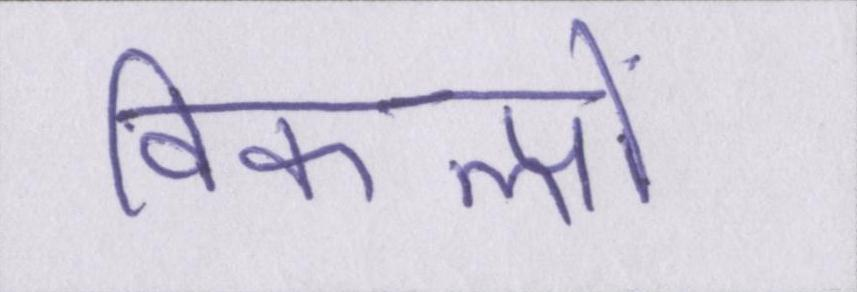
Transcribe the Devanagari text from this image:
विकल्पों